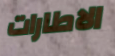
الاطارات